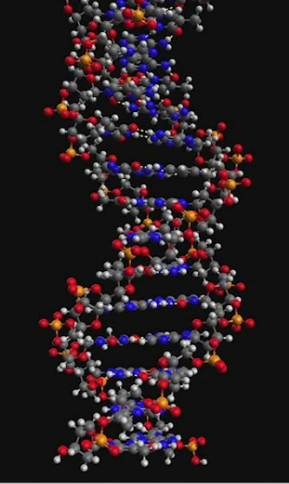
avogadro, ball and sticks